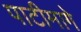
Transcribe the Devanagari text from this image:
पाटीमागे